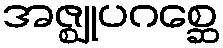
အဇ္ဈုပဂစ္ဆေ